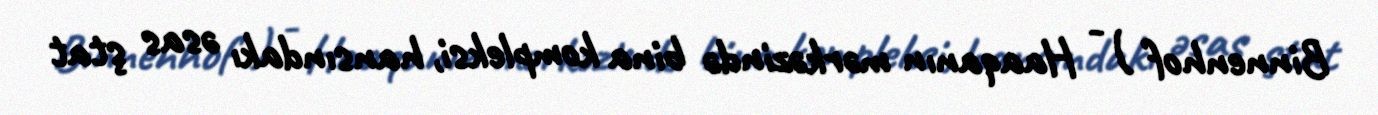
Binnenhof ) - Haaqanın mərkəzində bina kompleksi, hansındakı əsas ştat